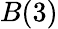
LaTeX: B(3)